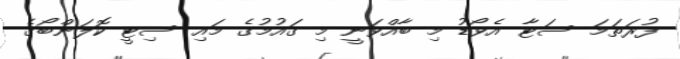
ފުރަތަމަ ސަޓާ އެވޯޑު މި ބާއްވަނީ މި ގައުމުގެ މައި ސިޓީ ކޮލަންބޯގެ